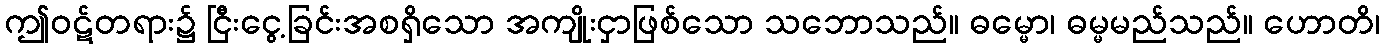
ဤဝဋ်တရား၌ ငြီးငွေ့ခြင်းအစရှိသော အကျိုးငှာဖြစ်သော သဘောသည်။ ဓမ္မော၊ ဓမ္မမည်သည်။ ဟောတိ၊